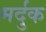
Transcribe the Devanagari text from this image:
मर्दुक